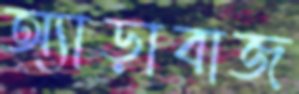
অ্যাড়াবাজ